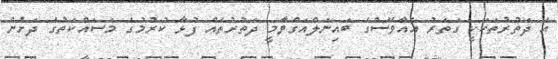
އެ ދަތުރުތަކަކީ ގަތަރު އެއާވޭސްގެ ބައިނަލްއަގްވާމީ ދަތުރުތައް ފުޅާ ކުރުމުގެ މަސައްކަތުގެ ދަށުން